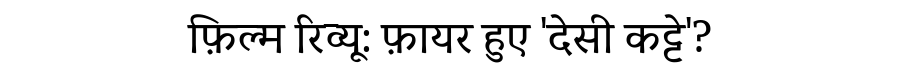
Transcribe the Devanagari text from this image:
फ़िल्म रिव्यू: फ़ायर हुए 'देसी कट्टे'?